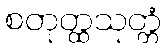
စတုတ္ထသုတ္တံ